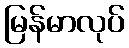
မြန်မာလုပ်